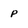
Character: p